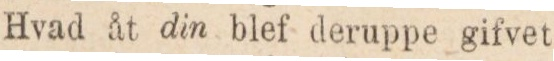
Hvad åt din blef deruppe gifvet